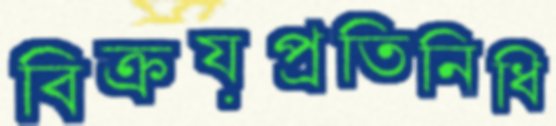
বিক্রয়প্রতিনিধি